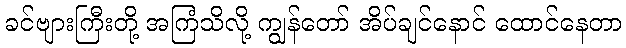
ခင်ဗျားကြီးတို့ အကြံသိလို့ ကျွန်တော် အိပ်ချင်နောင် ထောင်နေတာ